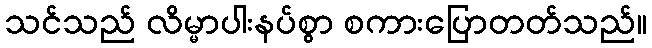
သင်သည် လိမ္မာပါးနပ်စွာ စကားပြောတတ်သည်။